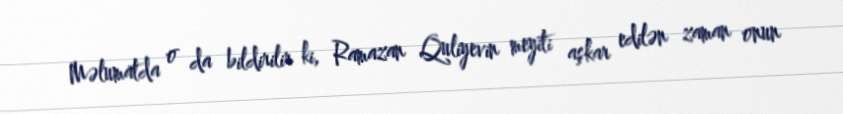
Məlumatda o da bildirilir ki, Ramazan Quliyevin meyiti aşkar edilən zaman onun